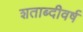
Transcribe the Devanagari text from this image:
शताब्दीवर्ष